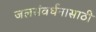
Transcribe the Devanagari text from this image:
जलसंवर्धनासाठी